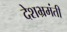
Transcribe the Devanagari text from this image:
देशभ्रमंती